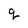
Character: q